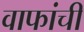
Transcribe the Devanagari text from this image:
वाफांची